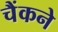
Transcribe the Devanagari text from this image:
चैंकने